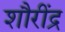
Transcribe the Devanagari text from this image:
शौरींद्र